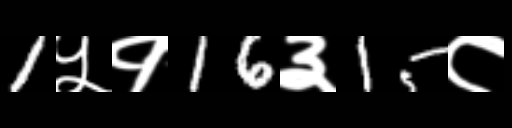
Text: 1५१16३15८